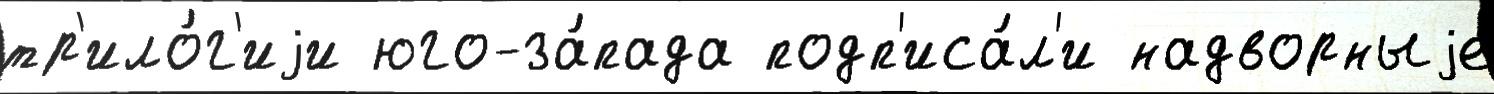
тр'ило́г'иjи юго-за́пада подп'иса́л'и надворныjе